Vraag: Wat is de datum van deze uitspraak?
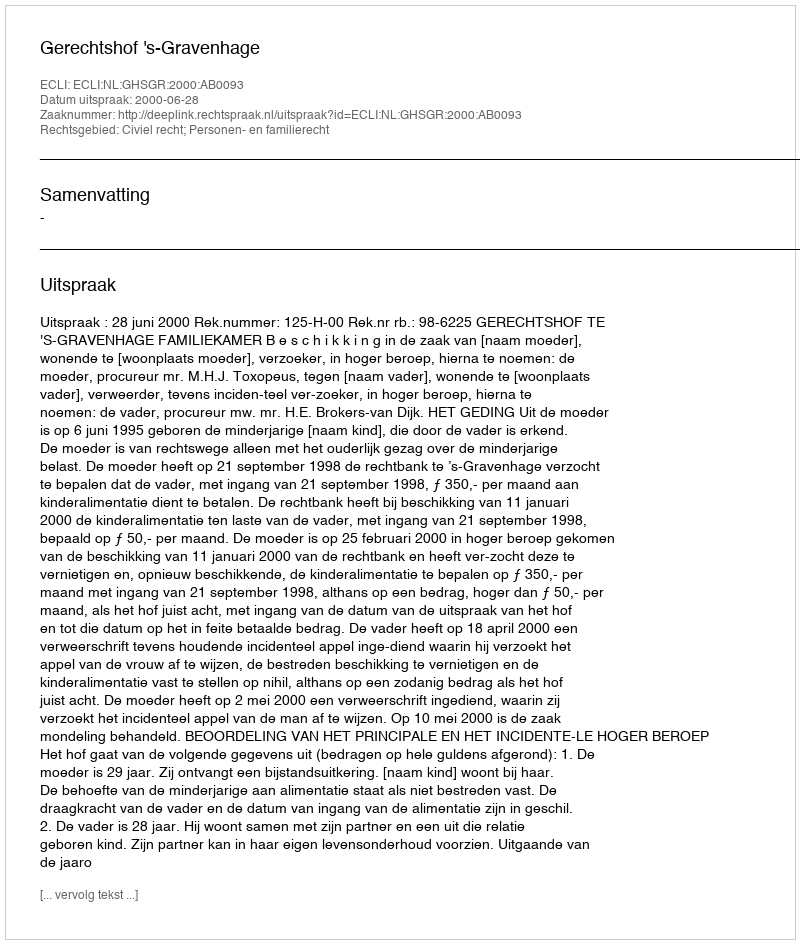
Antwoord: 2000-06-28